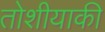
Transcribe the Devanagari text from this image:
तोशीयाकी